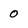
Character: 0